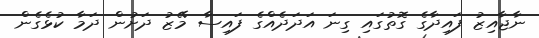
ނާޖާއިޒު ފައިދާގެ ގޮތުގައި ގިނަ އަދަދެއްގެ ފައިސާ މޭޒު ދަށުން ދަމާ ކުޅެގެން